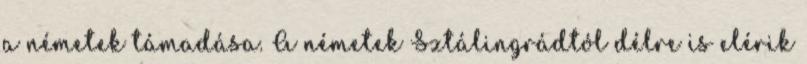
a németek támadása. A németek Sztálingrádtól délre is elérik